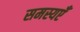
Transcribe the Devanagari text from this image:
समस्यएँ